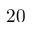
2 0